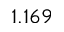
1 . 1 6 9